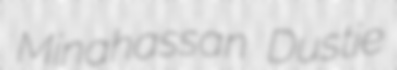
Minahassan Dustie